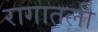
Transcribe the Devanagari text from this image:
रागातली